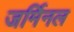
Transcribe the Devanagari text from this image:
जर्मिनल